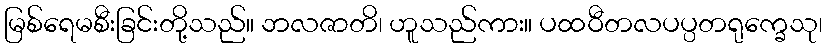
မြစ်ရေမစီးခြင်းတို့သည်။ ဘလဇာတိ၊ ဟူသည်ကား။ ပထဝီတလပပ္ပတရုက္ခေသု၊